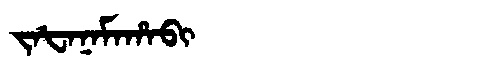
Manchu: ᠵᠠᡶᠠᠨᠠᠮᠠᡥᠠᠪᡳ
Romanization: JAFANAMAHABI